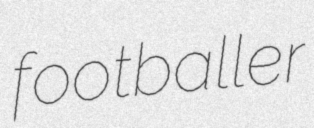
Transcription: footballer